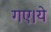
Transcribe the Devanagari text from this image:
गए।ये